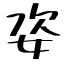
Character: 姿